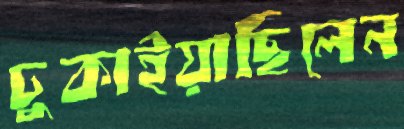
ঢুকাইয়াছিলেন